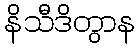
နိသီဒိတွာန